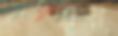
এস্পার